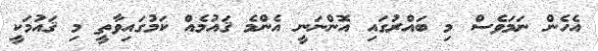
އެހެން ނަމަވެސް މި ބައްރުގައިި އޮންނަނީ އެންމެ ޤައުމެއް ކަމުގައިވާތީ މި ޤައުމަކީ